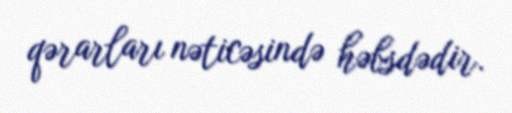
qərarları nəticəsində həbsdədir.